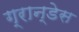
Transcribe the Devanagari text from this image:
ग्रान्डेस